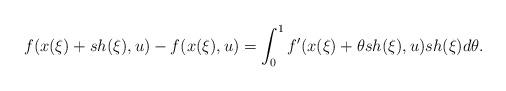
LaTeX: \begin{align*}f(x(\xi) + sh(\xi),u) - f(x(\xi),u) = \int_0^1 f'(x(\xi)+\theta s h(\xi),u)sh(\xi)d\theta.\end{align*}